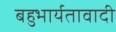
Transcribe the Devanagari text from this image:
बहुभार्यतावादी